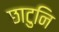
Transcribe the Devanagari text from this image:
छाटुनि